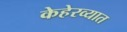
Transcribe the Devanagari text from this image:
केहेरव्यात